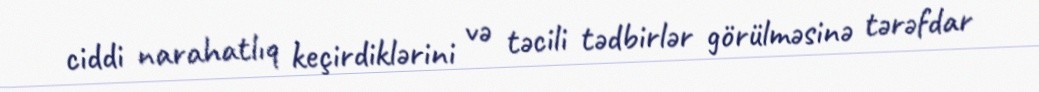
ciddi narahatlıq keçirdiklərini və təcili tədbirlər görülməsinə tərəfdar